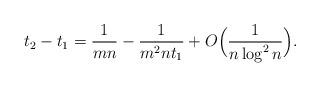
LaTeX: \begin{align*}t_2-t_1={1\over mn}-{1\over m^2 n t_1}+O\Bigl({1\over n\log^2{n}}\Bigr).\end{align*}